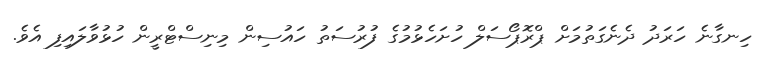
ހިނގާނެ ހަރަދު ދެނެގަތުމަށް ޕްރޮޕޯސަލް ހުށަހެޅުމުގެ ފުރުސަތު ހައުސިން މިނިސްޓްރީން ހުޅުވާލައިފި އެވެ.